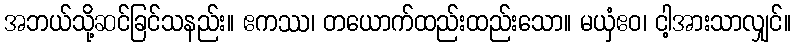
အဘယ်သို့ဆင်ခြင်သနည်း။ ဧကဿ၊ တယောက်ထည်းထည်းသော။ မယှံဧဝ၊ ငါ့အားသာလျှင်။